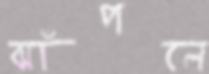
ঝাঁপলে